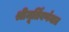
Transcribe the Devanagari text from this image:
श्रीमूर्तिवर्णनात